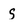
Character: S